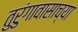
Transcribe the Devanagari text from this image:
तुरुंगावासाच्या